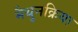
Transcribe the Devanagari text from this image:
मैथुनक्रिया